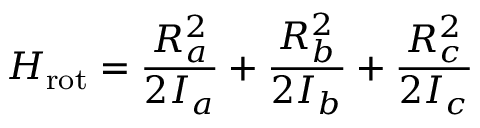
H _ { \mathrm { r o t } } = \frac { R _ { a } ^ { 2 } } { 2 I _ { a } } + \frac { R _ { b } ^ { 2 } } { 2 I _ { b } } + \frac { R _ { c } ^ { 2 } } { 2 I _ { c } }